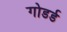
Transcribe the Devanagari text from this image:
गोडर्ड